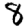
Digit: 8